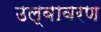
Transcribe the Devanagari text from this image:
उल्बावरण